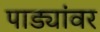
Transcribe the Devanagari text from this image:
पाड्यांवर